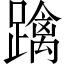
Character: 𨆓